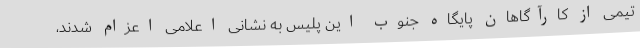
تیمی از کارآگاهان پایگاه جنوب این پلیس به نشانی اعلامی اعزام شدند،